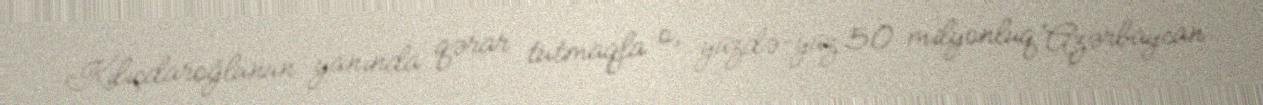
Kılıçdaroğlunun yanında qərar tutmaqla o, yüzdə-yüz 50 milyonluq Azərbaycan